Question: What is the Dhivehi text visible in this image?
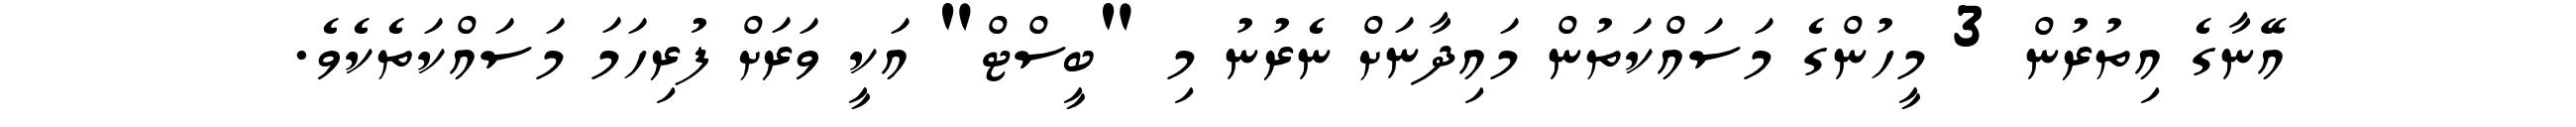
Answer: އޭނާގެ އިތުރުން 3 މީހުންގެ މަސައްކަތުން މައިދާނަށް ނެރުނު މި "ބީސްޓް" އަކީ ވަރަށް ފުރިހަމަ މަސައްކަތެކެވެ.